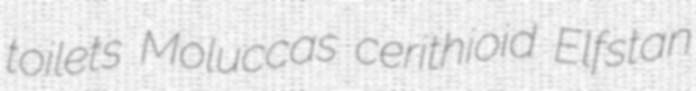
toilets Moluccas cerithioid Elfstan